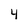
Character: 4